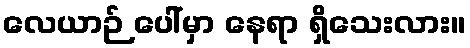
လေယာဉ် ပေါ်မှာ နေရာ ရှိသေးလား။